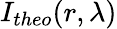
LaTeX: I_{theo}(r,\lambda)